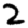
Digit: 2